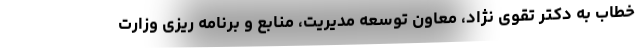
خطاب به دکتر تقوی نژاد، معاون توسعه مدیریت، منابع و برنامه ریزی وزارت